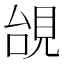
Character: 𧠜